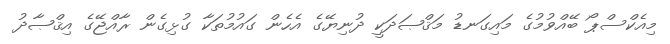
މިއެކްސްޕޯ ބޭއްވުމުގެ މައިގަނޑު މަޤްޞަދަކީ ދުނިޔޭގެ އެހެން ގައުމުތަކާ ގުޅިގެން ރާއްޖޭގެ އިޤްޞާދު